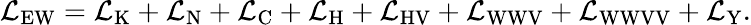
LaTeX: {\mathcal{L}}_{\mathrm{EW}}={\mathcal{L}}_{\mathrm{K}}+{\mathcal{L}}_{\mathrm{N}}+{\mathcal{L}}_{\mathrm{C}}+{\mathcal{L}}_{\mathrm{H}}+{\mathcal{L}}_{\mathrm{HV}}+{\mathcal{L}}_{\mathrm{WWV}}+{\mathcal{L}}_{\mathrm{WWVV}}+{\mathcal{L}}_{\mathrm{Y}}.